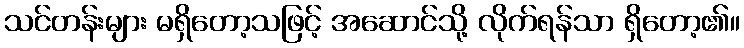
သင်တန်းများ မရှိတော့သဖြင့် အဆောင်သို့ လိုက်ရန်သာ ရှိတော့၏။